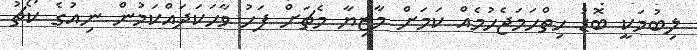
ލިބުމަކީ ބޮޑު ހިތްހަމަޖެހުމެއް ކަމަށް މާޒިޔާ މެޗަށް ފަހު ވާހަކަދައްކަމުން ނިއުގެ ކޯޗު